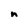
Character: n